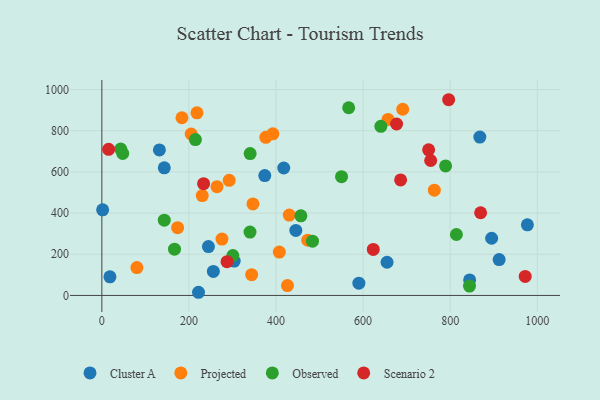
{"axis": {"x": "Speed", "y": "Demand"}, "legend": ["Cluster A", "Observed", "Projected", "Scenario 2"], "data": [{"x": "18.6", "y": 90.6, "type": "Cluster A"}, {"x": "304.0", "y": 167.0, "type": "Cluster A"}, {"x": "256.1", "y": 116.9, "type": "Cluster A"}, {"x": "143.4", "y": 619.7, "type": "Cluster A"}, {"x": "868.1", "y": 769.3, "type": "Cluster A"}, {"x": "590.3", "y": 59.6, "type": "Cluster A"}, {"x": "895.2", "y": 277.7, "type": "Cluster A"}, {"x": "244.8", "y": 237.3, "type": "Cluster A"}, {"x": "844.7", "y": 75.6, "type": "Cluster A"}, {"x": "222.0", "y": 15.4, "type": "Cluster A"}, {"x": "1.8", "y": 415.8, "type": "Cluster A"}, {"x": "655.0", "y": 161.2, "type": "Cluster A"}, {"x": "977.3", "y": 343.2, "type": "Cluster A"}, {"x": "417.8", "y": 618.9, "type": "Cluster A"}, {"x": "912.5", "y": 174.0, "type": "Cluster A"}, {"x": "374.2", "y": 582.1, "type": "Cluster A"}, {"x": "445.5", "y": 316.0, "type": "Cluster A"}, {"x": "132.2", "y": 707.0, "type": "Cluster A"}, {"x": "657.3", "y": 855.1, "type": "Projected"}, {"x": "691.0", "y": 904.3, "type": "Projected"}, {"x": "264.5", "y": 528.2, "type": "Projected"}, {"x": "230.6", "y": 485.0, "type": "Projected"}, {"x": "80.5", "y": 135.5, "type": "Projected"}, {"x": "472.9", "y": 268.6, "type": "Projected"}, {"x": "174.0", "y": 329.1, "type": "Projected"}, {"x": "376.5", "y": 767.9, "type": "Projected"}, {"x": "407.6", "y": 210.6, "type": "Projected"}, {"x": "218.5", "y": 886.8, "type": "Projected"}, {"x": "426.3", "y": 47.7, "type": "Projected"}, {"x": "392.8", "y": 785.1, "type": "Projected"}, {"x": "292.5", "y": 559.2, "type": "Projected"}, {"x": "763.6", "y": 511.1, "type": "Projected"}, {"x": "344.1", "y": 101.1, "type": "Projected"}, {"x": "347.0", "y": 444.4, "type": "Projected"}, {"x": "275.9", "y": 273.8, "type": "Projected"}, {"x": "184.0", "y": 863.1, "type": "Projected"}, {"x": "205.2", "y": 784.1, "type": "Projected"}, {"x": "430.4", "y": 390.3, "type": "Projected"}, {"x": "143.4", "y": 365.8, "type": "Observed"}, {"x": "640.8", "y": 821.2, "type": "Observed"}, {"x": "47.9", "y": 689.7, "type": "Observed"}, {"x": "483.8", "y": 263.5, "type": "Observed"}, {"x": "550.5", "y": 577.1, "type": "Observed"}, {"x": "214.9", "y": 757.1, "type": "Observed"}, {"x": "814.3", "y": 296.1, "type": "Observed"}, {"x": "789.5", "y": 629.3, "type": "Observed"}, {"x": "340.6", "y": 688.9, "type": "Observed"}, {"x": "340.3", "y": 307.8, "type": "Observed"}, {"x": "43.3", "y": 710.8, "type": "Observed"}, {"x": "300.9", "y": 194.1, "type": "Observed"}, {"x": "457.1", "y": 386.9, "type": "Observed"}, {"x": "844.4", "y": 45.6, "type": "Observed"}, {"x": "566.9", "y": 911.6, "type": "Observed"}, {"x": "166.9", "y": 224.6, "type": "Observed"}, {"x": "676.9", "y": 832.8, "type": "Scenario 2"}, {"x": "750.5", "y": 707.3, "type": "Scenario 2"}, {"x": "15.6", "y": 709.7, "type": "Scenario 2"}, {"x": "869.9", "y": 401.7, "type": "Scenario 2"}, {"x": "796.5", "y": 950.6, "type": "Scenario 2"}, {"x": "686.2", "y": 560.9, "type": "Scenario 2"}, {"x": "233.7", "y": 542.7, "type": "Scenario 2"}, {"x": "972.3", "y": 92.4, "type": "Scenario 2"}, {"x": "287.5", "y": 163.8, "type": "Scenario 2"}, {"x": "755.2", "y": 655.5, "type": "Scenario 2"}, {"x": "623.4", "y": 223.4, "type": "Scenario 2"}]}